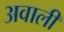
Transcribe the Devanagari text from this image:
अवाली